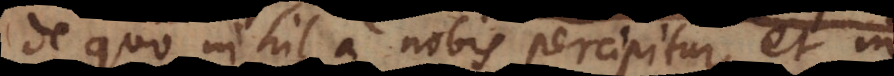
de quo nihil a nobis percipitur, et in